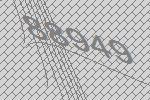
88949